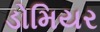
ડોમિયર